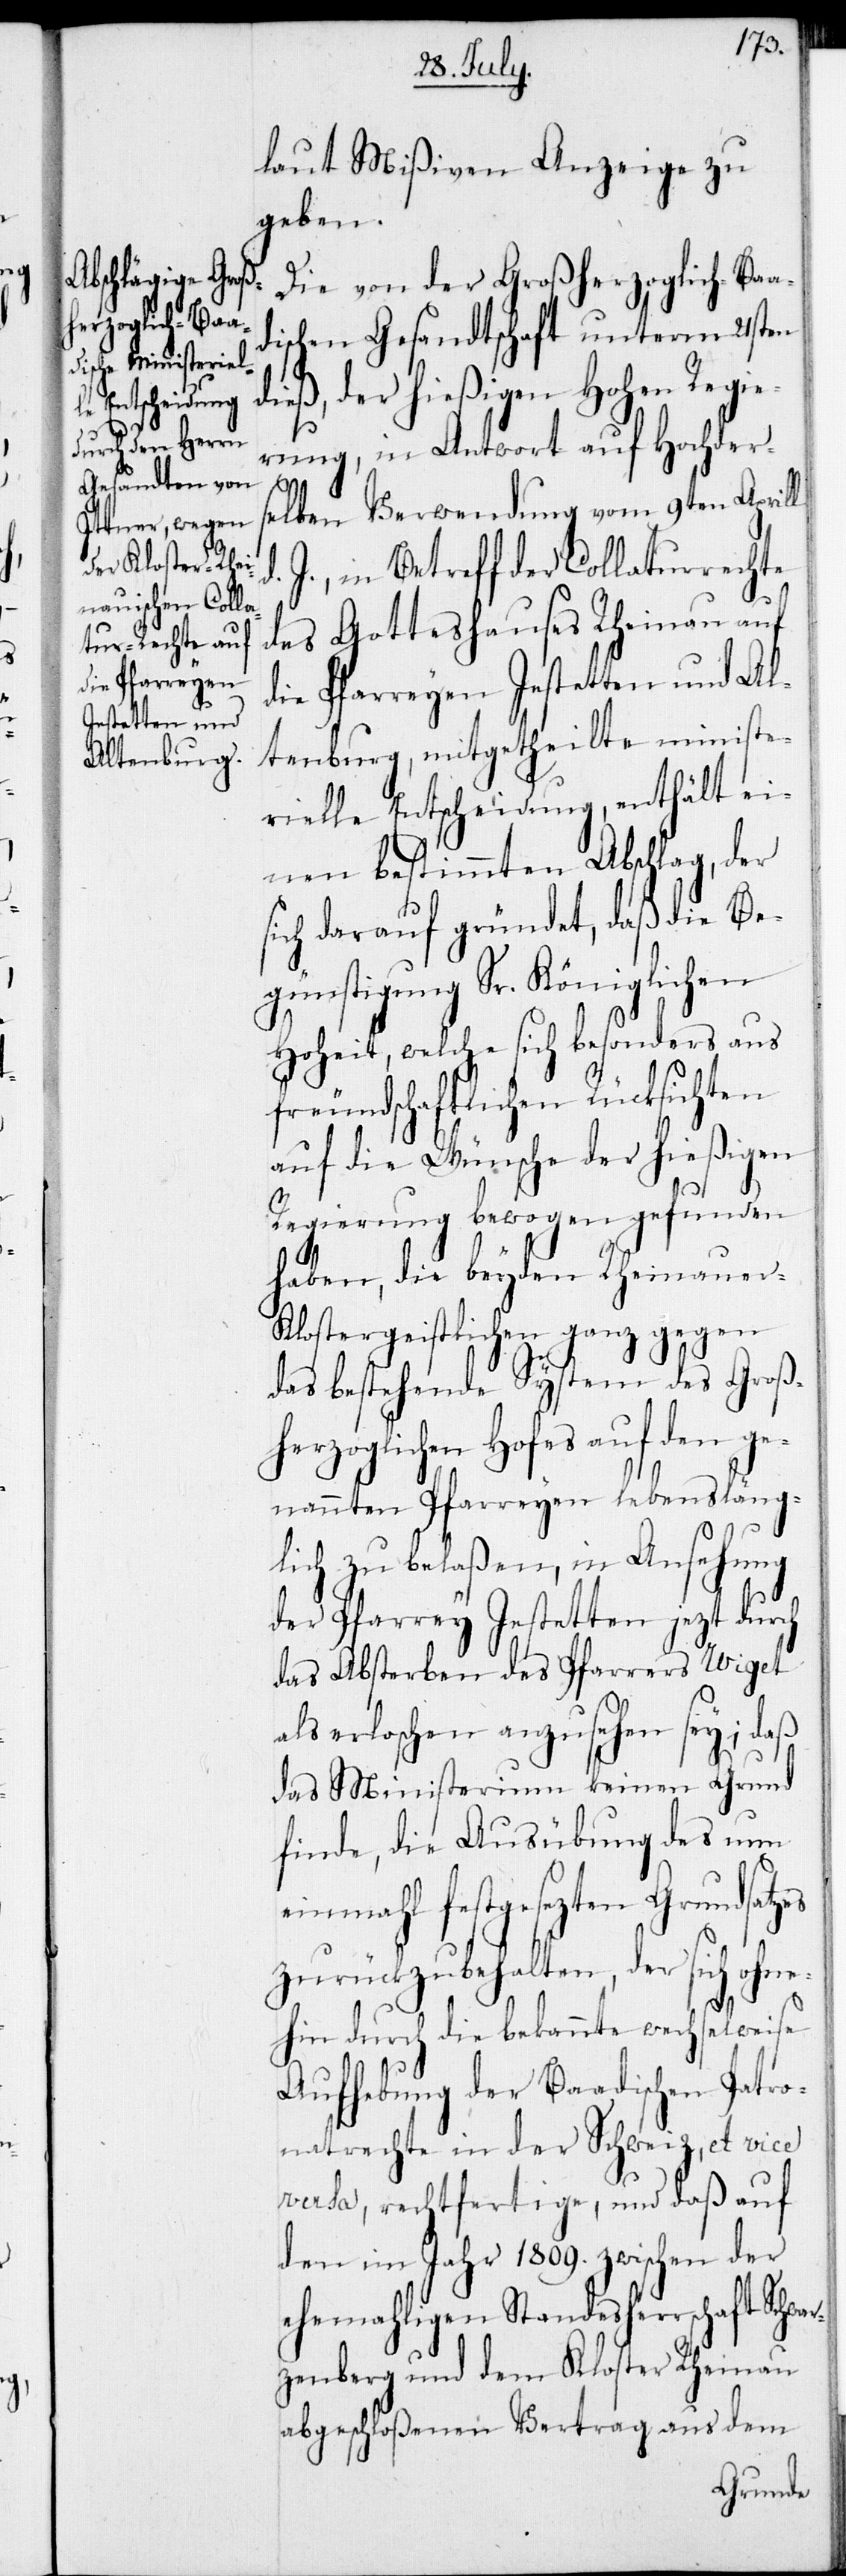
laut Mißiven Anzeige zu
geben.
Die von der Großherzoglich-Baa¬
dischen Gesandtschaft unterm 21sten
d.
dieß, der hießigen Hohen Regie¬
rung, in Antwort auf Hochders¬
elben Verwendung vom 9ten Aprill
J., in Betreff der Collaturrechte
des Gotteshauses Rheinau auf
die Pfarreyen Jestetten und Al¬
tenburg, mitgetheilte ministe¬
rielle Entscheidung, enthält ei¬
nen bestimmten Abschlag, der
sich darauf gründet, daß die Be¬
günstigung Sr. königlichen
Hoheit, welche sich besonders aus
freundschaftlichen Rücksichten
auf die Wünsche der hießigen
Regierung bewogen gefunden
haben, die beyden Rheinauer
Klostergeistlichen ganz gegen
das bestehende System des Groß¬
herzoglichen Hofes auf den ge¬
nannten Pfarreyen lebensläng¬
lich zu belaßen, in Ansehung
der Pfarrey Jestetten jezt durch
das Absterben des Pfarrers Wiget
als erloschen anzusehen sey; daß
das Ministerium keinen Grund
finde, die Ausübung des nun
einmahl festgesezten Grundsatzes
zurückzubehalten, der sich ohne¬
hin durch die bekannte wechselweise
Aufhebung der Baadischen Patro¬
natrechte in der Schweiz, et vice
versa, rechtfertige, und daß auf
den im Jahr 1809. zwischen der
ehemaligen Standesherrschaft Schwar¬
zenberg und dem Kloster Rheinau
abgeschloßenen Vertrag aus dem
Grunde